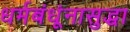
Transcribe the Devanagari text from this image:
धर्मबंधूंनासुद्धा